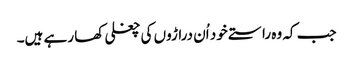
جب کہ وہ راستے خود اُن دراڑوں کی چغلی کھا رہے ہیں۔